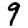
Digit: 9